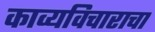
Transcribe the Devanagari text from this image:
काव्यविचाराचा